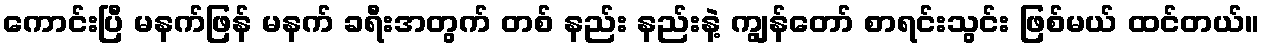
ကောင်းပြီ မနက်ဖြန် မနက် ခရီးအတွက် တစ် နည်း နည်းနဲ့ ကျွန်တော် စာရင်းသွင်း ဖြစ်မယ် ထင်တယ်။